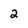
Character: 2